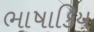
ભાષાકિય